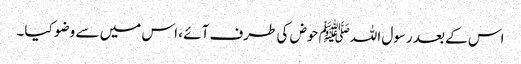
اس کے بعد رسول اللہﷺ حوض کی طرف آئے ، اس میں سے وضو کیا۔